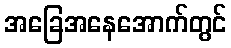
အခြေအနေအောက်တွင်